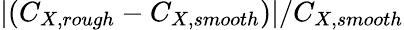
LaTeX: |(C_{X,rough}-C_{X,smooth})|/C_{X,smooth}